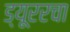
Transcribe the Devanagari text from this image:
ड्यूररचा